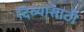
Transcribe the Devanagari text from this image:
दिव्यांसाठी